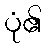
ပုံ၏